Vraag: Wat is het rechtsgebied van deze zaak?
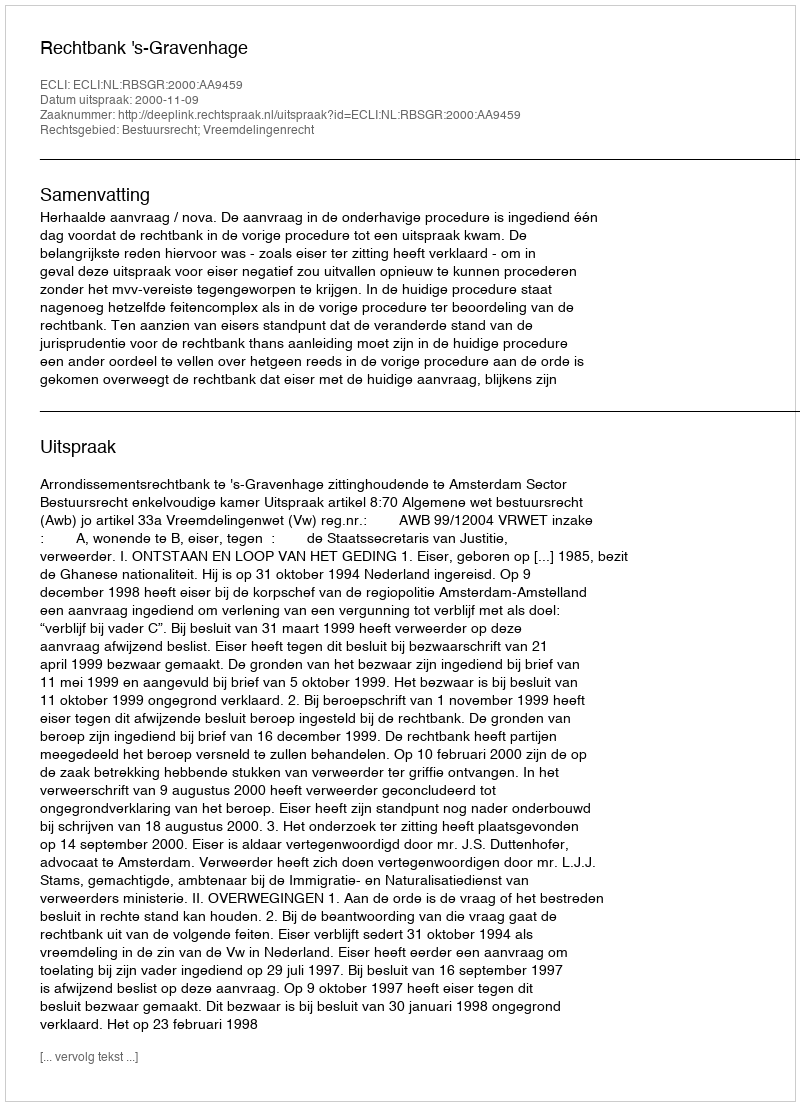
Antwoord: Bestuursrecht; Vreemdelingenrecht